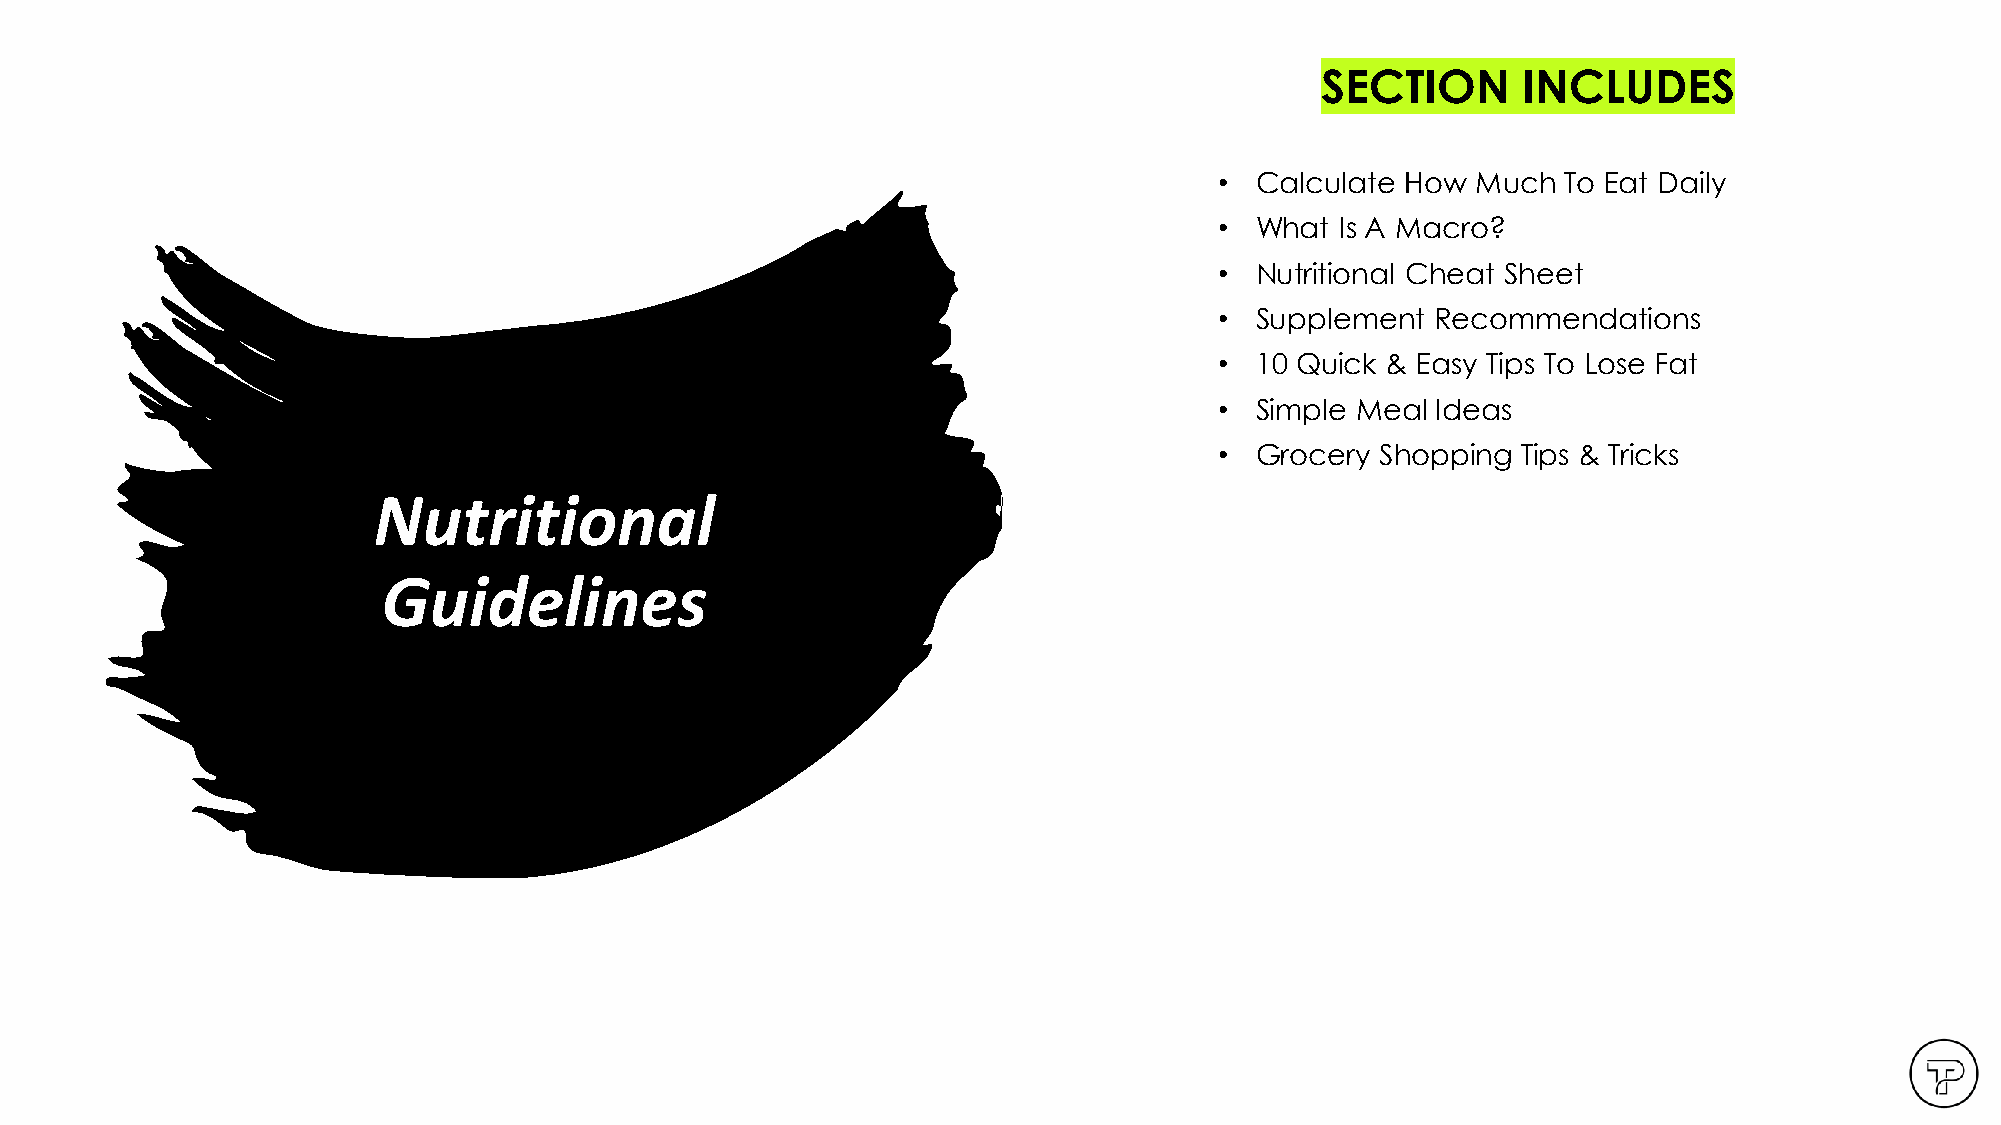
Copyright TenpowFitness Ltd. Co.
 SECTION       INCLUDES
 • Calculate How  Much  To Eat Daily
 • What  Is A Macro?
 • Nutritional Cheat Sheet
 • Supplement  Recommendations
 • 10 Quick & Easy Tips To Lose Fat
 • Simple Meal Ideas
 • Grocery Shopping  Tips & Tricks
 Nutritional
 Guidelines